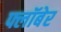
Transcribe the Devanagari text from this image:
फ्लॉबेर